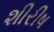
શીરીષ